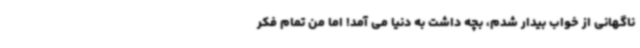
ناگهانی از خواب بیدار شدم، بچه داشت به دنیا می آمد! اما من تمام فکر